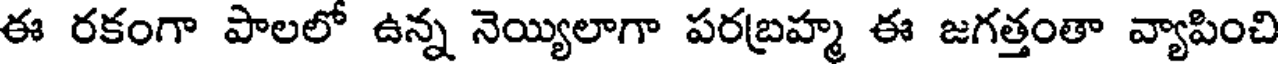
ఈ రకంగా పాలలో ఉన్న నెయ్యిలాగా పరబ్రహ్మ ఈ జగత్తంతా వ్యాపించి